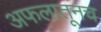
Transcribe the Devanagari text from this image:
अफलातूनच